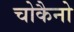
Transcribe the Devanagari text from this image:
चोकैनो